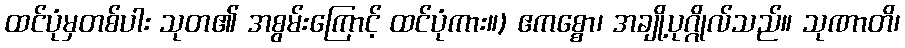
ထင်ပုံမှတစ်ပါး သုတ၏ အစွမ်းကြောင့် ထင်ပုံကား။) ဧကစ္စော၊ အချို့ပုဂ္ဂိုလ်သည်။ သုဏာတိ၊